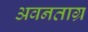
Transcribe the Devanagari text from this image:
अवनताग्र